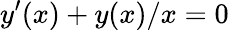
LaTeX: y^{\prime}(x)+y(x)/x=0